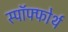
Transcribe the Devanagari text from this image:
स्पॉफ्फोर्थ